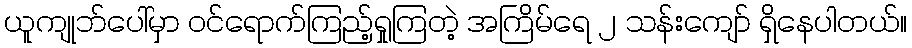
ယူကျုဘ်ပေါ်မှာ ဝင်ရောက်ကြည့်ရှုကြတဲ့ အကြိမ်ရေ ၂ သန်းကျော် ရှိနေပါတယ်။